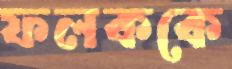
ফলককে